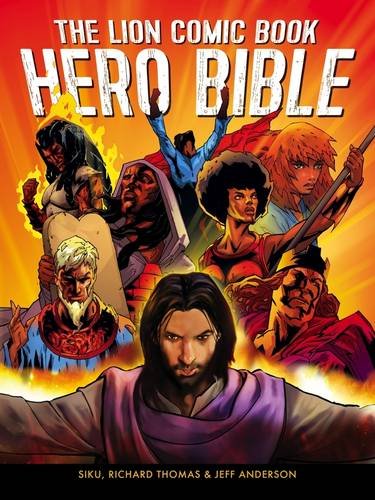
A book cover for The Lion Comic Book Hero Bible; Jeff Anderson; Comics & Graphic Novels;